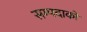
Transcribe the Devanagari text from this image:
सम्पदाको